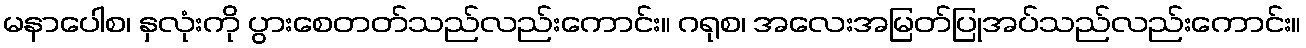
မနာပေါစ၊ နှလုံးကို ပွားစေတတ်သည်လည်းကောင်း။ ဂရုစ၊ အလေးအမြတ်ပြုအပ်သည်လည်းကောင်း။